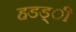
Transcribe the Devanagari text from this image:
हडड्ी